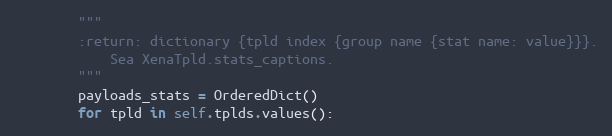
Language: Python
        """
        :return: dictionary {tpld index {group name {stat name: value}}}.
            Sea XenaTpld.stats_captions.
        """
        payloads_stats = OrderedDict()
        for tpld in self.tplds.values():